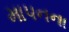
માપનના